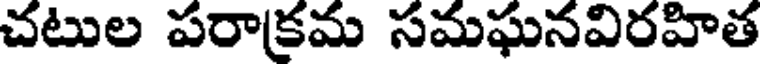
చటుల పరాక్రమ సమఘనవిరహిత